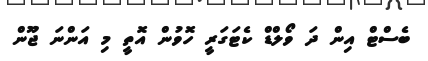
ބެސްޓް އިން ދަ ވޯލްޑް ކެޓަގަރީ ހޮވުން އޮތީ މި އަންނަ ޖޫން